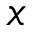
x